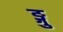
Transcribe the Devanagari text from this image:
ङ्गु